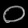
Digit: ၀